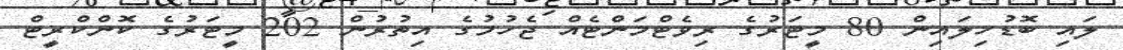
ލައި ބޮޑުހިލައިން 80 މީޓަރުގެ ރިވެޓްމަންޓެއް ޖެހުމުގެ އިތުރުން 202 މީޓަރުގެ ކޮންކްރީޓް